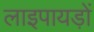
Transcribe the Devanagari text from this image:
लाइपायड़ों